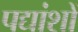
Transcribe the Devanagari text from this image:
पद्यांशों